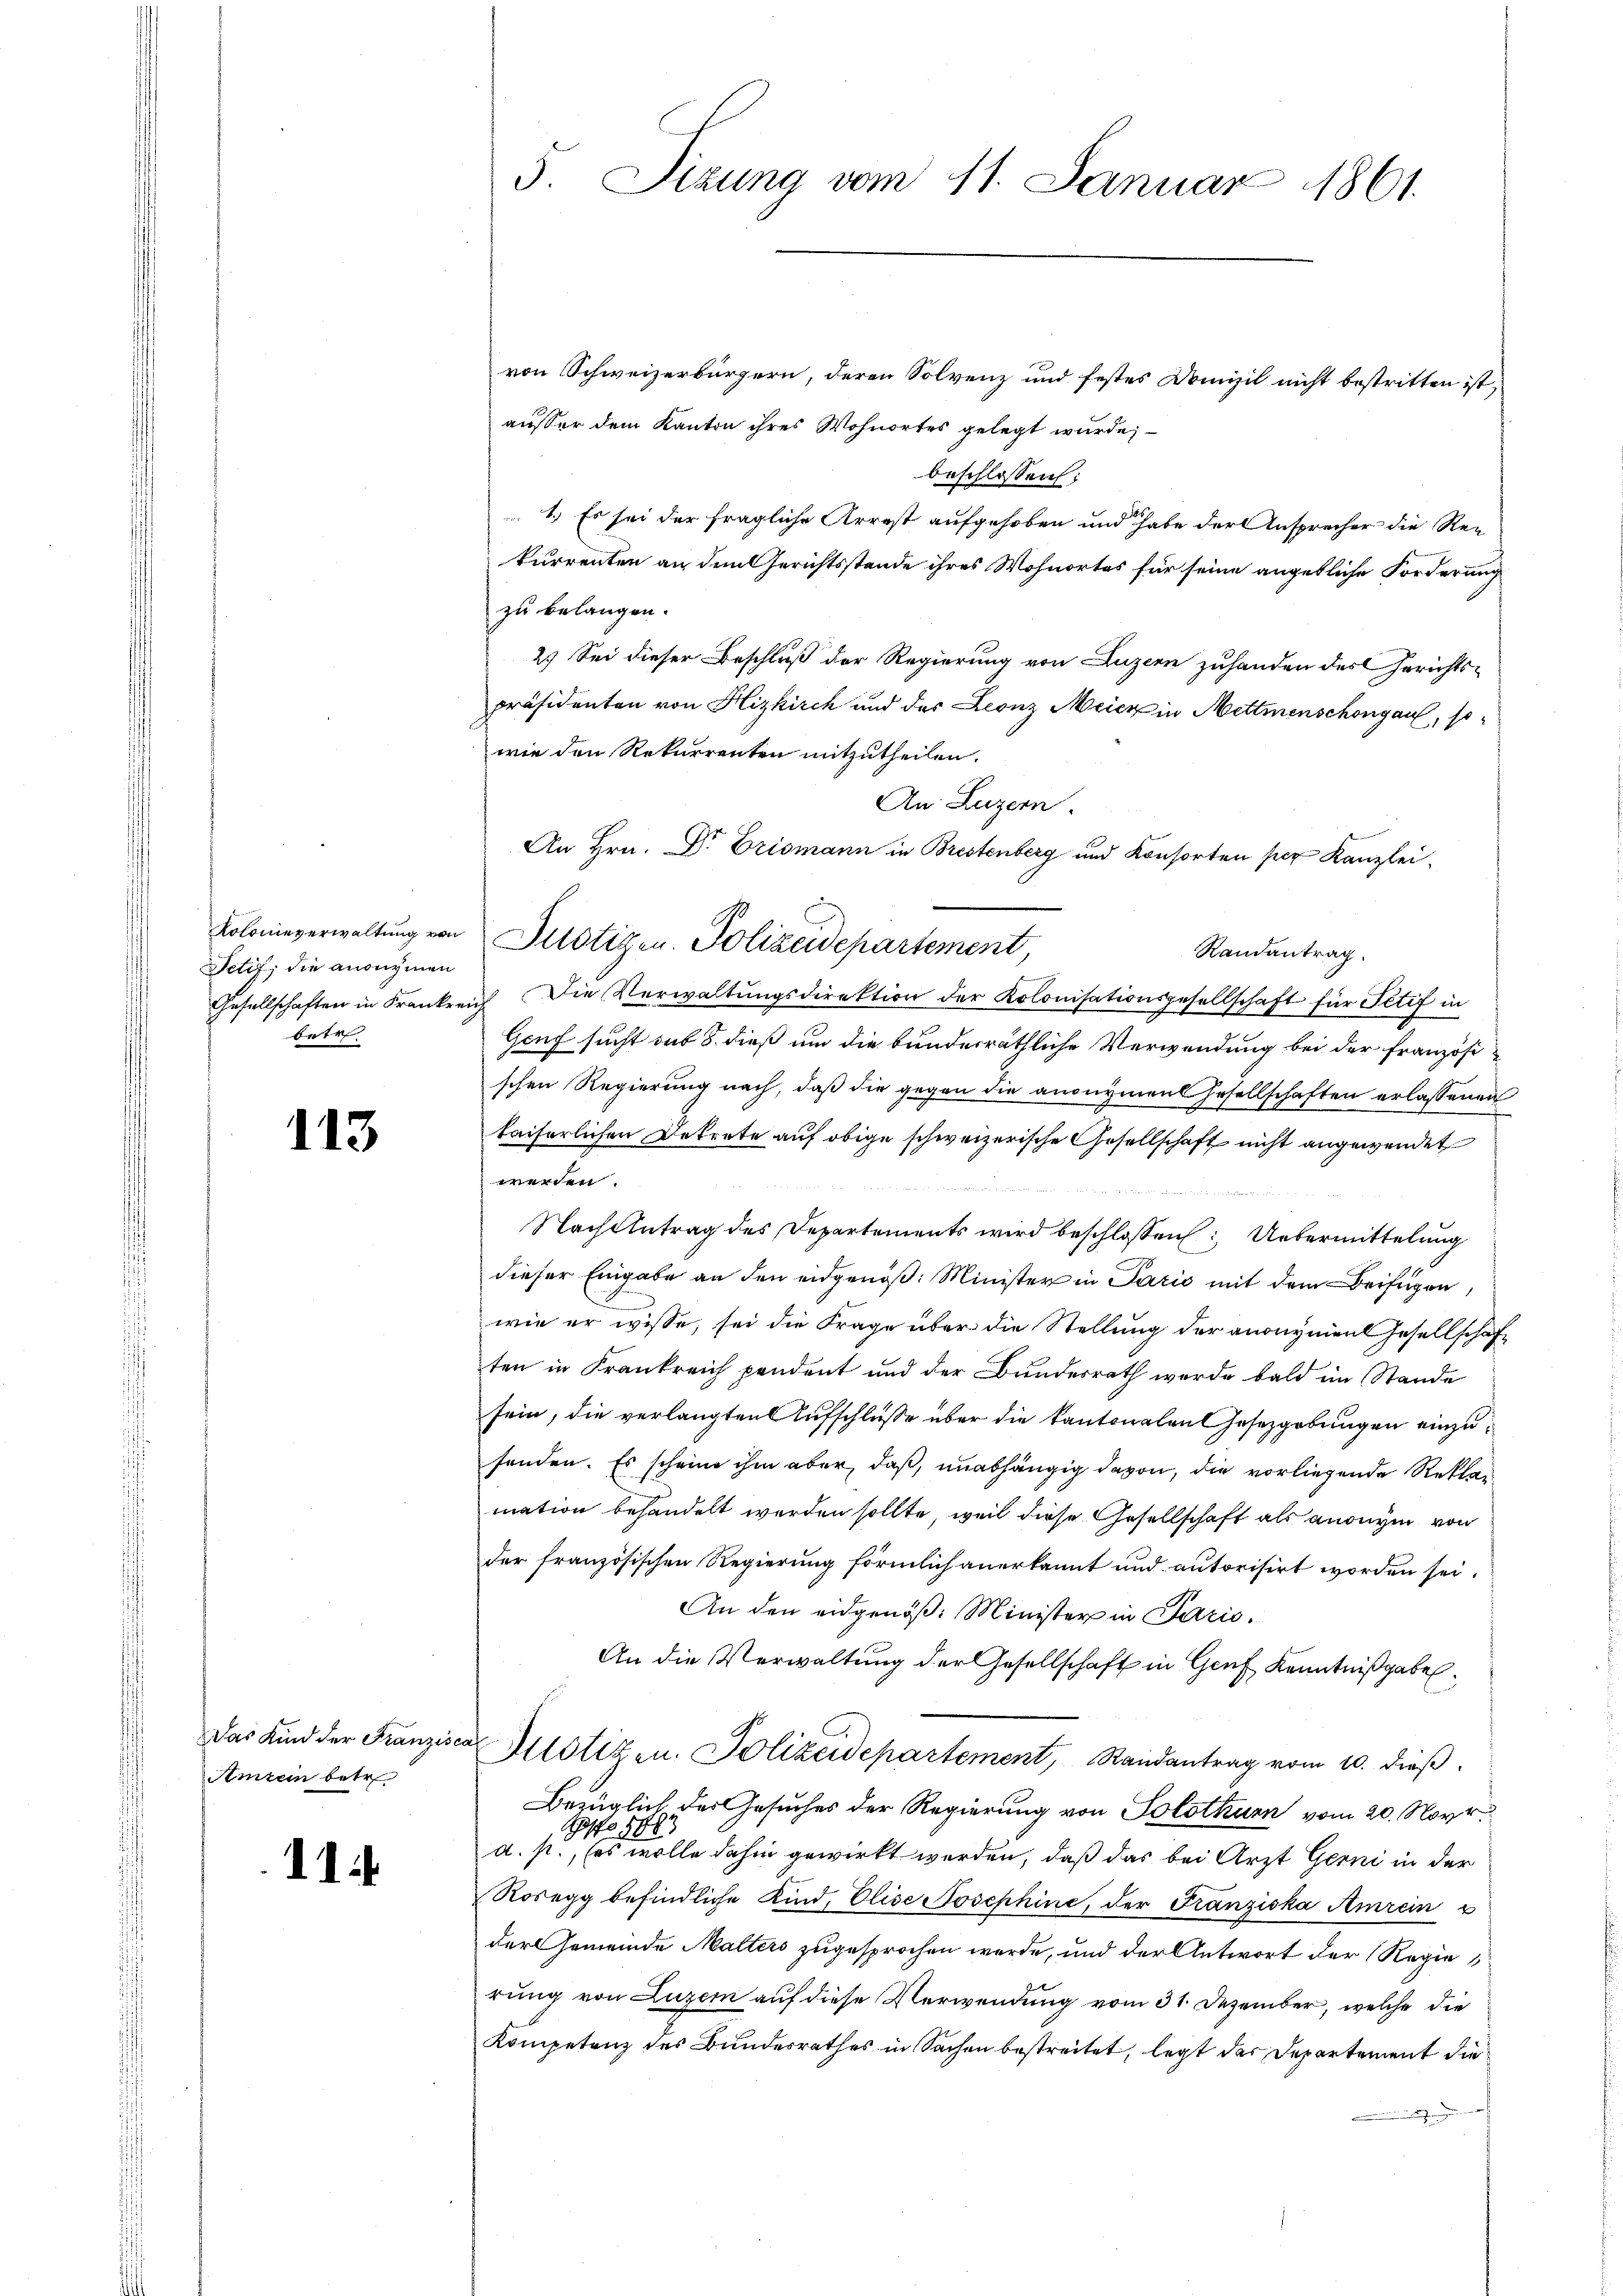
Kolonieverwaltung von
Jetif, die anonymen
betr

113

Das Kind der Franzisc
Amrein betr

11.

5 Sizung vom 11. Januar 1861.

von Schweizerbürgern, deren Solvenz und festes Domizil nicht bestritten ist,
ausser dem Kanton ihres Wohnortes gelegt wurde;
beschlossen:
1.) Es sei der fragliche Arrest aufgehoben und habe der Ansprecher die Reikurrenten an dem Gerichtsstande ihres Wohnortes für seine angebliche Forderung
zu belangen.
2.) Sei dieser Beschluß der Regierung von Luzern zuhanden des Gerichts-
präsidenten von Hizkirch und des Leonz Meier in Mettmenschongau, so
wie den Rekurrenten mitzutheilen.
An Luzern.
Randantrag.
Gesellschaften in Frankreich Die Verwaltŭngsdirektion der Kolonisationsgesellschaft für Titif in
Genf sucht sub 8. dieß um die bundesräthliche Verwendung bei der französi-
schen Regierung nach, daß die gegen die anonymens Gesellschaften erlassenen
baiserlichen Dekrete auf obige schweizerische Gesellschaft nicht angewendet
werden.
Nach Antrag des Departements wird beschlossen: Uebermittelung
dieser Eingabe an den eidgenöß: Minister in Pazić mit dem Beifügen,
wie er wisse, sei die Frage über die Stellung der anonyment Gesellschaf
ten in Frankreich pendent und der Bundesrath wurde bald im Stande
sein, die verlangten Aufschlüße über die kantonalen Gesetzgebungen einzufenden. Es scheine ihm aber, daß, unabhängig davon, die vorliegende Reklag
mation behandelt werden sollte, weil diese Gesellschaft als anonym von
der französischen Regierung förmlich anerkannt und autorisirt worden sei.
An den eidgenöß: Minister in Paris.
An die Verwaltung der Gesellschaft in Genf Kenntnißgabel¬
Mllotizen. Polizeidepartement, Randantrag vom 10. dieß.
Bezüglich der Gesuches der Regierung von Solothurn vom 20. Nov.
d. so wolle dahin gewirkt werden, daß das bei Arzt Gerni in der
Rosegg befindliche Kind, Elise Josephine, der Franziska Amrein u
der Gemeinde Malters zugesprochen werde, und der Antwort der Regierung von Luzern auf diese Verwendung vom 31. Dezember, welche die
Kompetenz des Bundesrathes in Sachen bestreitet, legt der Departement die

An Hrn. Dr Brismann in Brestenberg und Konsorten per Kanzlei¬
Justigen. Polizeidepartement,